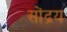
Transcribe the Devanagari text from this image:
सोंद्रय